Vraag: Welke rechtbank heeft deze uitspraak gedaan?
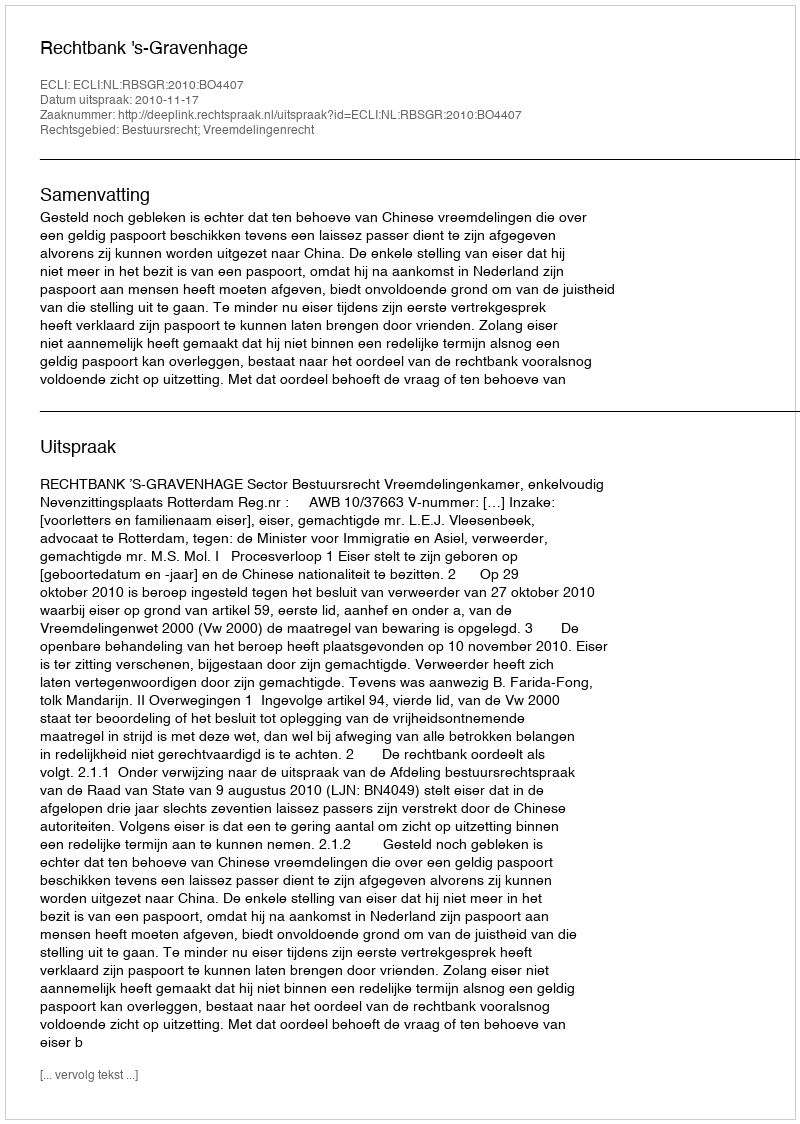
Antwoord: Rechtbank 's-Gravenhage